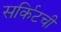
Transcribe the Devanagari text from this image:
सर्किटची